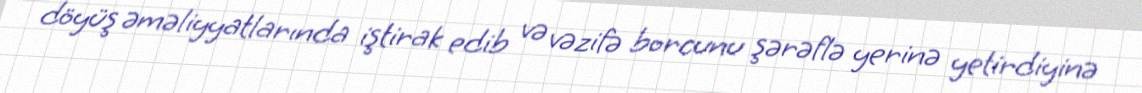
döyüş əməliyyatlarında iştirak edib və vəzifə borcunu şərəflə yerinə yetirdiyinə